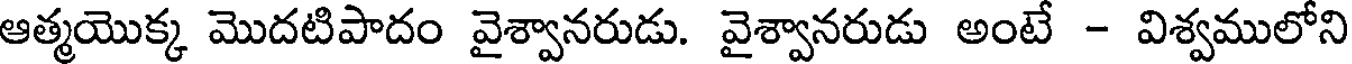
ఆత్మయొక్క మొదటిపాదం వైశ్వానరుడు. వైశ్వానరుడు అంటే - విశ్వములోని